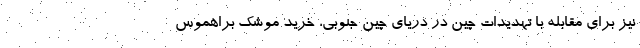
نیز برای مقابله با تهدیدات چین در دریای چین جنوبی، خرید موشک براهموس